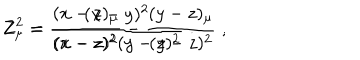
LaTeX: Z _ { \mu } = \frac { ( x - z ) _ { \mu } } { ( x - z ) ^ { 2 } } - \frac { ( y - z ) _ { \mu } } { ( y - z ) ^ { 2 } } \; \mathrm { , } \hspace { 0 . 8 c m } Z ^ { 2 } = \frac { ( x - y ) ^ { 2 } } { ( x - z ) ^ { 2 } ( y - z ) ^ { 2 } } \; \mathrm { . }